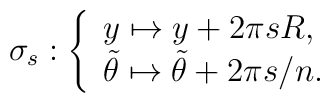
\sigma_s : \left\{\begin{array}{l}y \mapsto y+2\pi sR, \\ \tilde{\theta} \mapsto \tilde{\theta}+2\pi s/n.\end{array}\right.